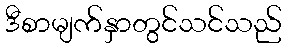
ဒီစာမျက်နှာတွင်သင်သည်